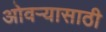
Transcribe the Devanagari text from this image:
ओवऱ्यासाठी